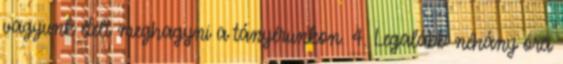
vagyunk ételt meghagyni a tányérunkon. 4. Legalább néhány óra